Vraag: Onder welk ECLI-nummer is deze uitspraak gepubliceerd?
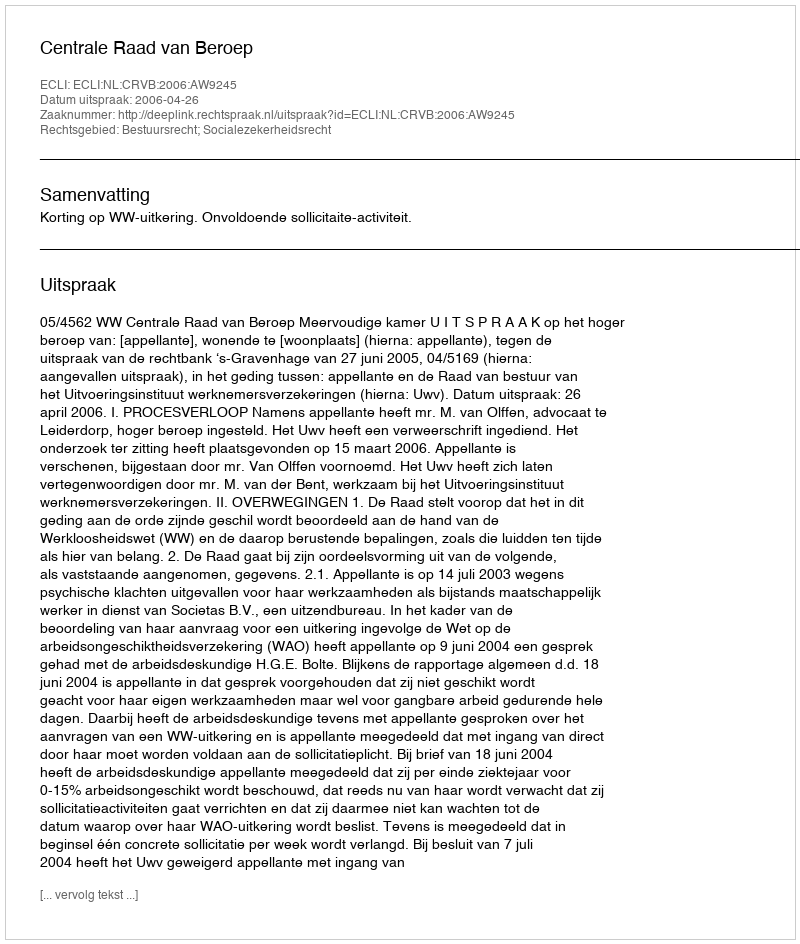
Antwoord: ECLI:NL:CRVB:2006:AW9245